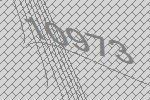
10973